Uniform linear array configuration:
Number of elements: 48
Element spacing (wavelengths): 0.25
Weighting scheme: hann
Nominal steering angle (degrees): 45
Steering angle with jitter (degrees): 44.067
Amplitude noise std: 0.05
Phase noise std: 0.05

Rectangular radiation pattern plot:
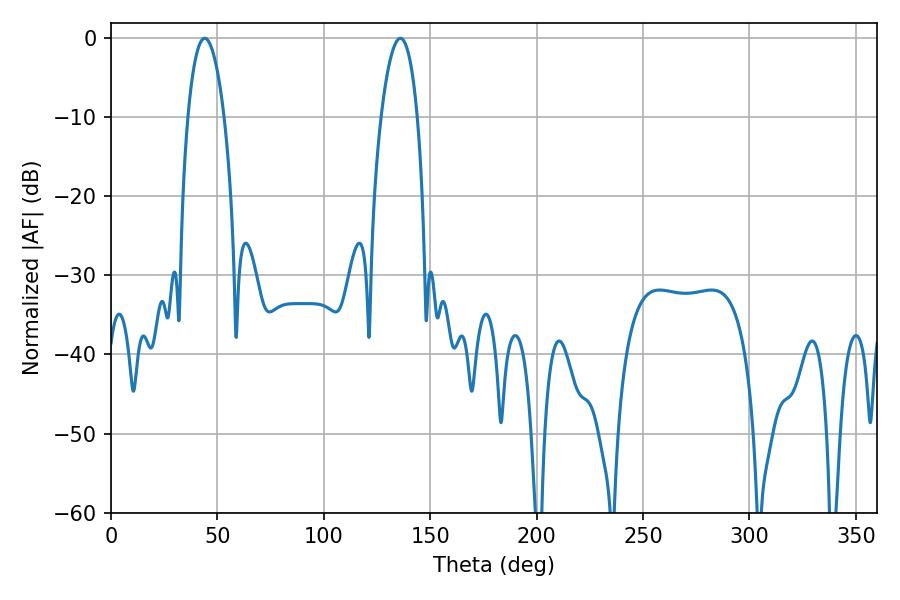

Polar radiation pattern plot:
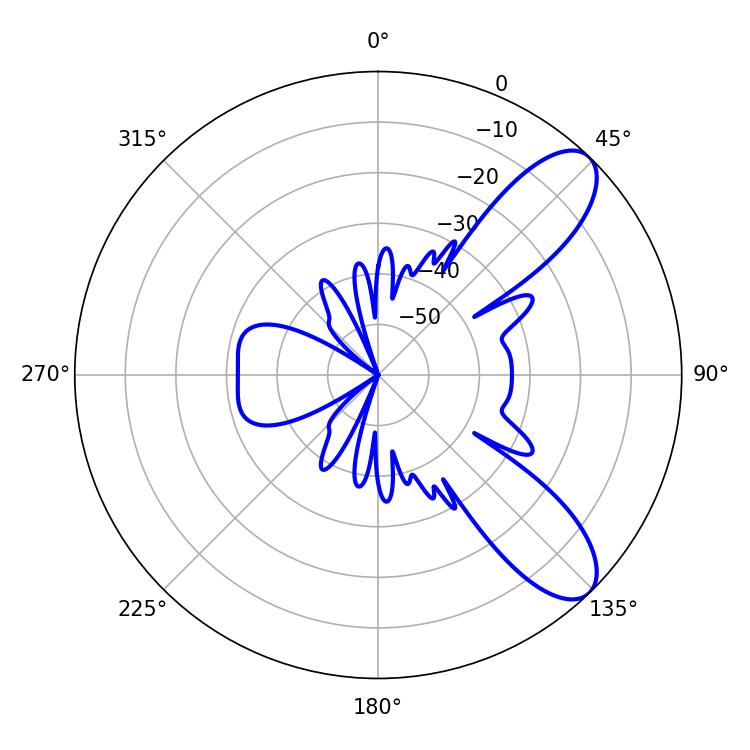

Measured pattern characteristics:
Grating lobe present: FALSE
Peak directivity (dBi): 9.085
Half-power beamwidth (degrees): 9.54
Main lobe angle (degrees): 44.1